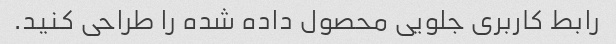
رابط کاربری جلویی محصول داده شده را طراحی کنید.